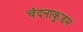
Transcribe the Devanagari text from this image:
चंदनाकुडम